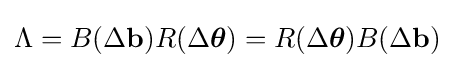
\Lambda =B(\Delta \mathbf {b} )R(\Delta {\boldsymbol {\theta }})=R(\Delta {\boldsymbol {\theta }})B(\Delta \mathbf {b} )